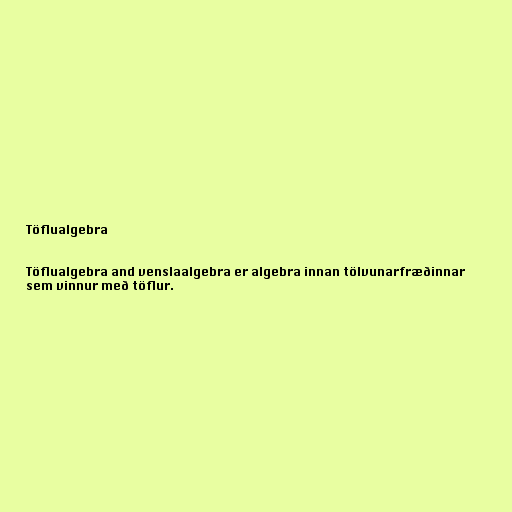
Töflualgebra

Töflualgebra and venslaalgebra er algebra innan tölvunarfræðinnar
sem vinnur með töflur.